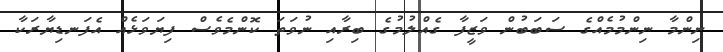
ނިންމާ ނިންމުމެއްގެ ސަބަބުން ވަޒީފާ ގެއްލުމުގެ ބިރާއި ނުވަތަ ކޮންމެވެސް ފިޔަވަޅެއް އެފަނޑިޔާރަކާ